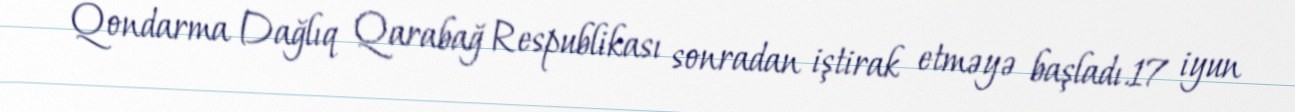
Qondarma Dağlıq Qarabağ Respublikası sonradan iştirak etməyə başladı.17 iyun